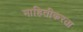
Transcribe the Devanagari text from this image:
माहितीकरता